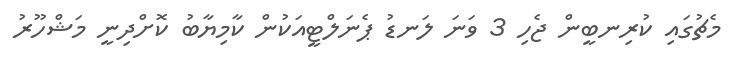
މެޗުގައި ކުރިނބީން ޖެހި 3 ވަނަ ލަނޑު ޕެނަލްޓީއަކުން ކާމިޔާބު ކޮށްދިނީ މަޝްހޫރު